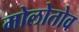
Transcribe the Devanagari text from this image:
मोलोतोव